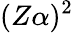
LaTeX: (Z\alpha)^{2}